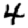
Digit: 4